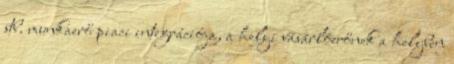
stb. munkaerő piaci integrációja, a helyi vásárlóerőnek a helyben